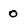
Character: 0